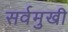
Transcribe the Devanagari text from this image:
सर्वमुखी